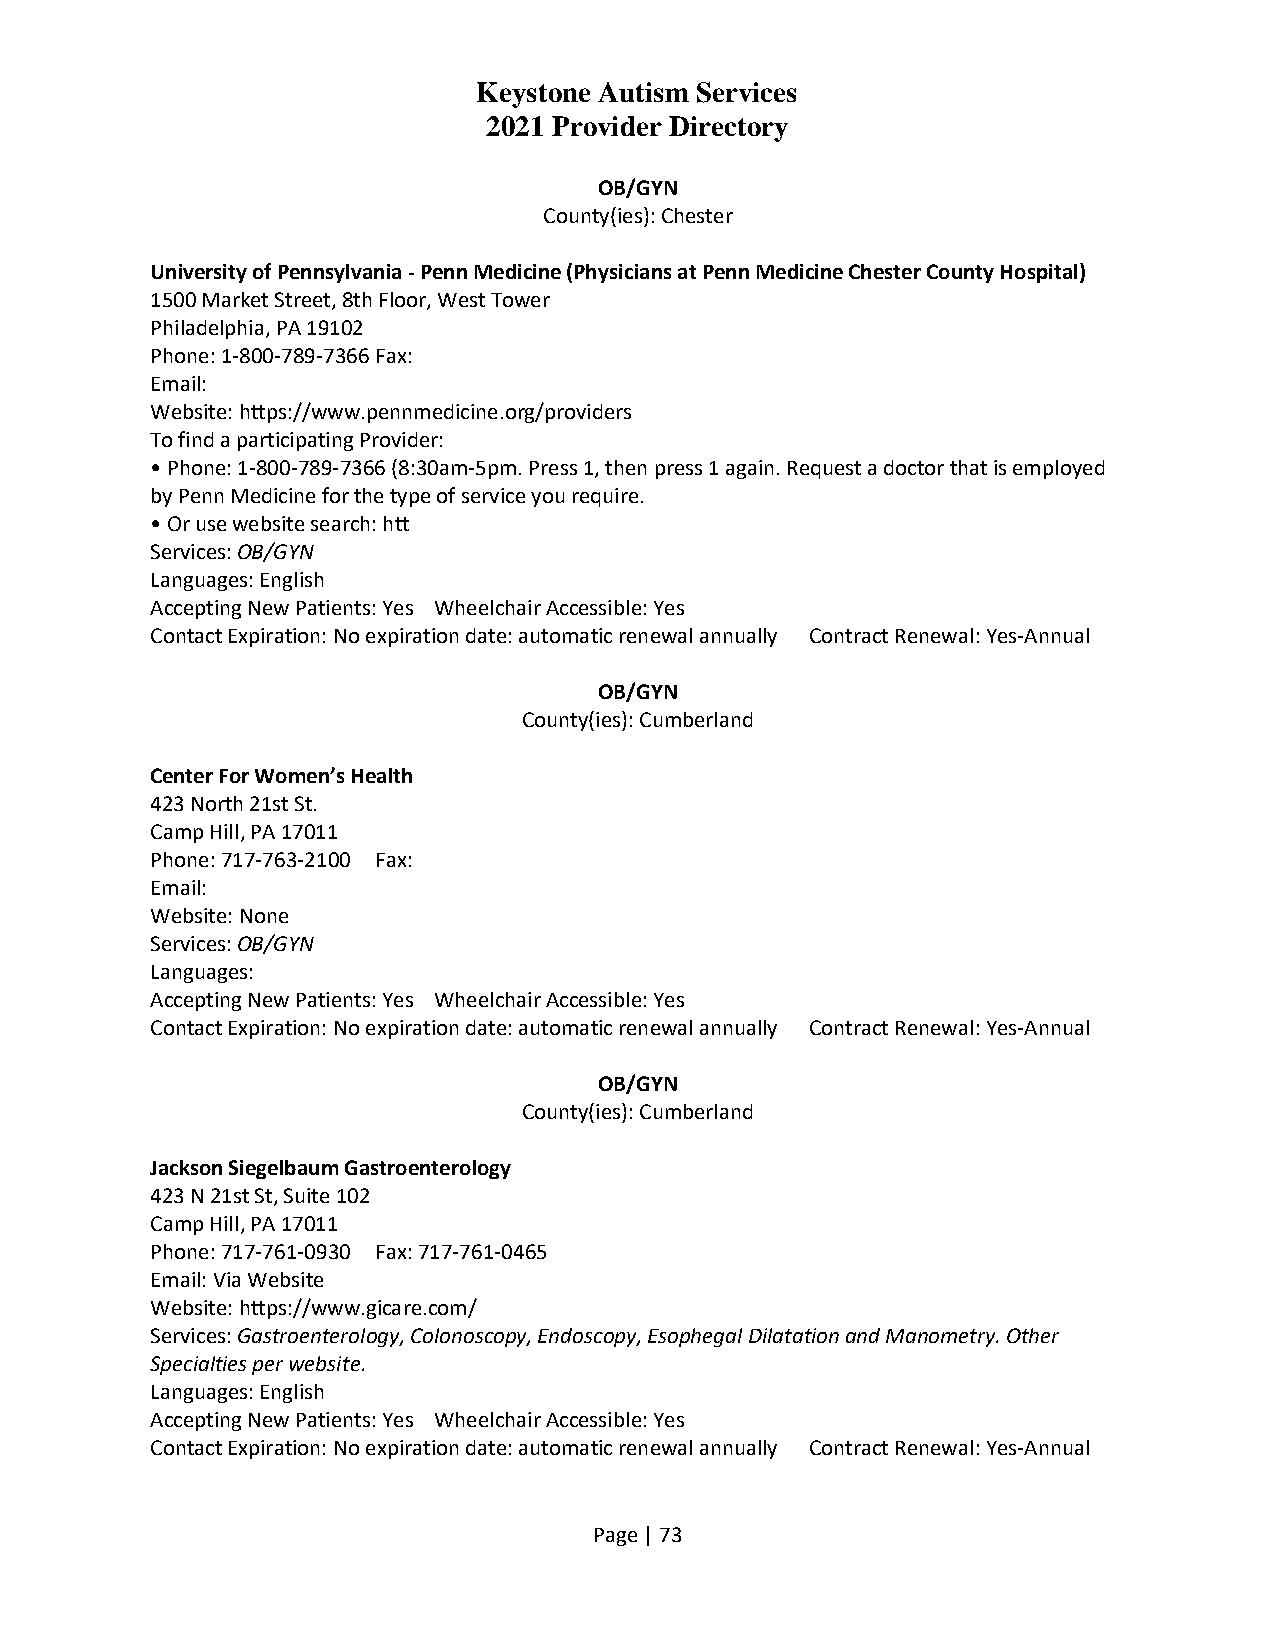
Keystone Autism Services
 2021 Provider Directory
 OB/GYN
 County(ies): Chester
 University of Pennsylvania - Penn Medicine (Physicians at Penn Medicine Chester County Hospital)
 1500 Market Street, 8th Floor, West Tower
 Philadelphia, PA 19102
 Phone: 1-800-789-7366 Fax:
 Email:
 Website: https://www.pennmedicine.org/providers
 To find a participating Provider:
 • Phone: 1-800-789-7366 (8:30am-5pm. Press 1, then press 1 again. Request a doctor that is employed
 by Penn Medicine for the type of service you require.
 • Or use website search: htt
 Services: OB/GYN
 Languages: English
 Accepting New Patients: Yes Wheelchair Accessible: Yes
 Contact Expiration: No expiration date: automatic renewal annually Contract Renewal: Yes-Annual
 OB/GYN
 County(ies): Cumberland
 Center For Women’s Health
 423 North 21st St.
 Camp Hill, PA 17011
 Phone: 717-763-2100 Fax:
 Email:
 Website: None
 Services: OB/GYN
 Languages:
 Accepting New Patients: Yes Wheelchair Accessible: Yes
 Contact Expiration: No expiration date: automatic renewal annually Contract Renewal: Yes-Annual
 OB/GYN
 County(ies): Cumberland
 Jackson Siegelbaum Gastroenterology
 423 N 21st St, Suite 102
 Camp Hill, PA 17011
 Phone: 717-761-0930 Fax: 717-761-0465
 Email: Via Website
 Website: https://www.gicare.com/
 Services: Gastroenterology, Colonoscopy, Endoscopy, Esophegal Dilatation and Manometry. Other
 Specialties per website.
 Languages: English
 Accepting New Patients: Yes Wheelchair Accessible: Yes
 Contact Expiration: No expiration date: automatic renewal annually Contract Renewal: Yes-Annual
 Page | 73